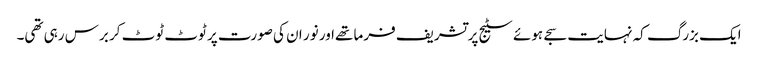
ایک بزرگ کہ نہایت سجے ہوئے سٹیج پر تشریف فرما تھےاور نور ان کی صورت پر ٹوٹ ٹوٹ کر برس رہی تھی۔